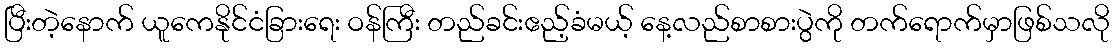
ပြီးတဲ့နောက် ယူကေနိုင်ငံခြားရေး ဝန်ကြီး တည်ခင်းဧည့်ခံမယ့် နေ့လည်စာစားပွဲကို တက်ရောက်မှာဖြစ်သလို